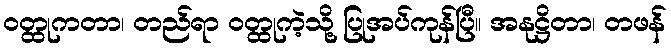
ဝတ္ထုကတာ၊ တည်ရာ ဝတ္ထုကဲ့သို့ ပြုအပ်ကုန်ပြီ။ အနုဋ္ဌိတာ၊ တဖန်